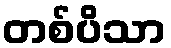
တစ်ပိသာ